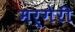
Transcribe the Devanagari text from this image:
मर्गेरी